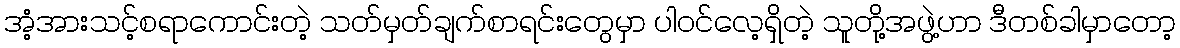
အံ့အားသင့်စရာကောင်းတဲ့ သတ်မှတ်ချက်စာရင်းတွေမှာ ပါဝင်လေ့ရှိတဲ့ သူတို့အဖွဲ့ဟာ ဒီတစ်ခါမှာတော့